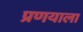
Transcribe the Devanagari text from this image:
प्रणयाला